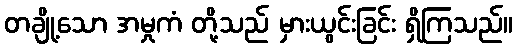
တချို့သော အမှုကံ တို့သည် မှားယွင်းခြင်း ရှိကြသည်။